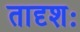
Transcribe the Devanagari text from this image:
तादृशः